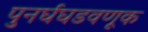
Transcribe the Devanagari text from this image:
पुनर्घघडवणूक